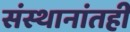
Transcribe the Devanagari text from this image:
संस्थानांतही